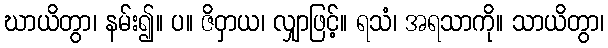
ဃာယိတွာ၊ နမ်း၍။ ပ။ ဇိဝှာယ၊ လျှာဖြင့်။ ရသံ၊ အရသာကို။ သာယိတွာ၊